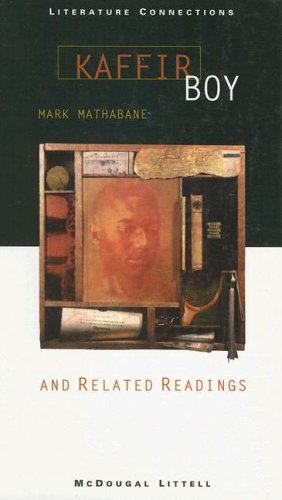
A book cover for Holt McDougal Library, High School with Connections: Individual Reader Kaffir Boy 1997; MCDOUGAL LITTEL; Teen & Young Adult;